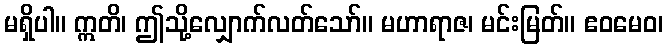
မရှိပါ။ ဣတိ၊ ဤသို့လျှောက်လတ်သော်။ မဟာရာဇ၊ မင်းမြတ်။ ဧဝမေဝ၊